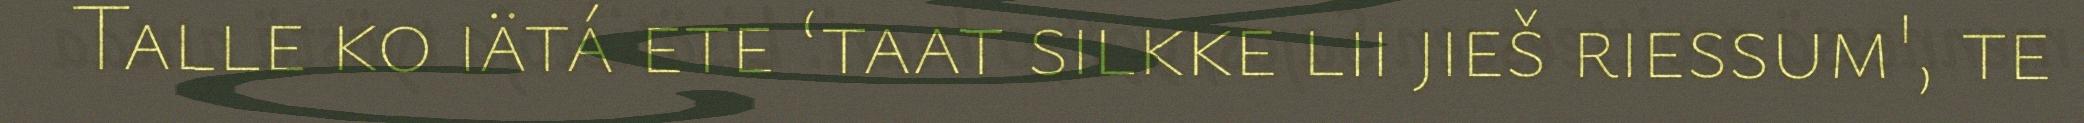
Talle ko iätá ete ‘taat silkke lii jieš riessum', te